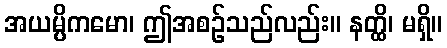
အယမ္ပိကမော၊ ဤအစဉ်သည်လည်း။ နတ္ထိ၊ မရှိ။